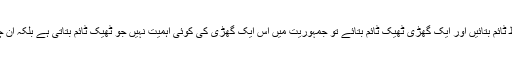
مثلا ایک جگہ پر پانچ گھڑیاں موجود ہوں اور ان میں سے چار گھڑیاں غلط ٹائم بتائیں اور ایک گھڑی ٹھیک ٹائم بتائے تو جمہوریت میں اس ایک گھڑی کی کوئی اہمیت نہیں جو ٹھیک ٹائم بتاتی ہے بلکہ ان چار گھڑیوں کی اہمیت ہے جو غلط ٹائم بتاتی ہیں چونکہ اکثریت معیار ہے۔